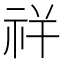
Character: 𰧵